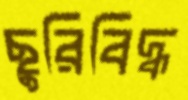
ছুরিবিদ্ধ